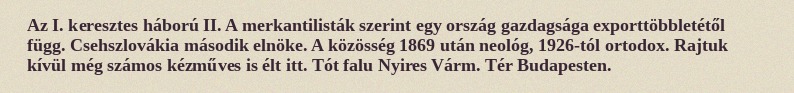
Az I. keresztes háború II. A merkantilisták szerint egy ország gazdagsága exporttöbbletétől függ. Csehszlovákia második elnöke. A közösség 1869 után neológ, 1926-tól ortodox. Rajtuk kívül még számos kézműves is élt itt. Tót falu Nyires Várm. Tér Budapesten.